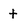
Character: t